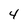
Character: 4